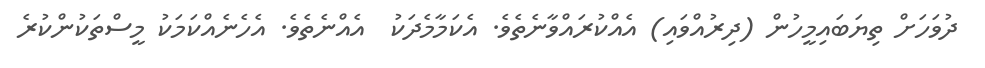
ދުވަހަށް ތިޔަބައިމީހުން (ދިރުއްވައި) އެއްކުރައްވާނެތެވެ. އެކަމާމެދަކު  އެއްނެތެވެ. އެހެނެއްކަމަކު މީސްތަކުންކުރެ